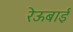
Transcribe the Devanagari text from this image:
रेऊबाई